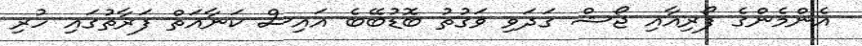
އެންމެންގެ ފޯރިއާއި ޖޯޝް ގަދަވި ވަގުތު ބޮޑުބޭބެ އައިސް ކަނާއަތް ފަރާތުގައި ހުރި